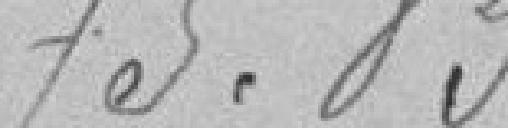
75.83